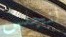
لنجلس